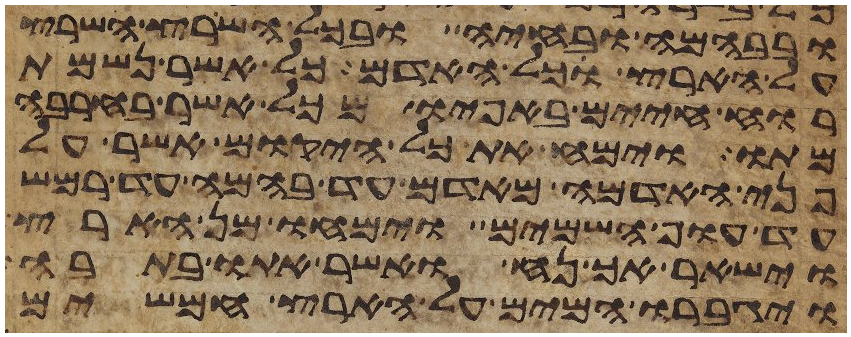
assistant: ובבהמה ובחיה ובכל השרץ השרץ
על הארץ וכל האדם כל אשר נשמת
רוח חיים באפיו מכל אשר בחרבה
מתו וימח את כל היקום אשר על
פני האדמה מאדם עד בהמה עד רמש
עד עוף השמים וימחו מן הארץ
וישאר אך נח ואשר אתו בתבה
ויגברו המים על הארץ חמשים